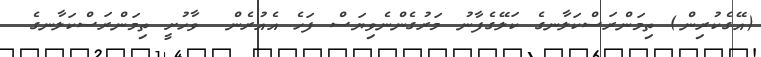
(އޭގެކުރިން) ތިމަންރަސްކަލާނގެ ކަލޭގެފާނު މަރުގެންނެވިޔަސް ފަހެ އެއުރެން  ވާހުށީ ތިމަންރަސްކަލާނގެ